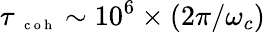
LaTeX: \tau{_{\mathrm{~\scriptsize~c~o~h~}}}\sim 10^{6}\times(2\pi/\omega_{c})